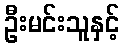
ဦးမင်းသူနှင့်